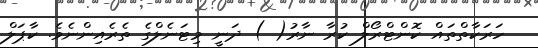
ހަރަކާތްތައް ކޮންޓްރޯލް ކުރާ ނާރު( ) ދަނީ މިޓަނެލްގެ ތެރެއިންނެވެ. ކާޕަލް